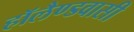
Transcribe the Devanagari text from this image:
हॉलैण्डवासी